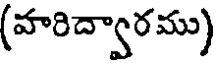
(హరిద్వారము)